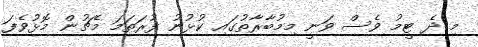
މި ދެ ޓީމު ވެސް ވަނީ މިމުބާރާތުގައި ކުޅުނު ފުރަތަމަ މެޗުން މޮޅުވެފަ